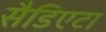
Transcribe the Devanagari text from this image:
सैडिएटा